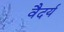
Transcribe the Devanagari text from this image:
वैदर्य